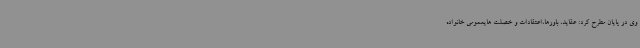
وی در پایان مطرح کرد: عقاید، باورها،اعتقادات و خصلت هایعمومی خانواده